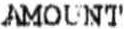
AMOUNT